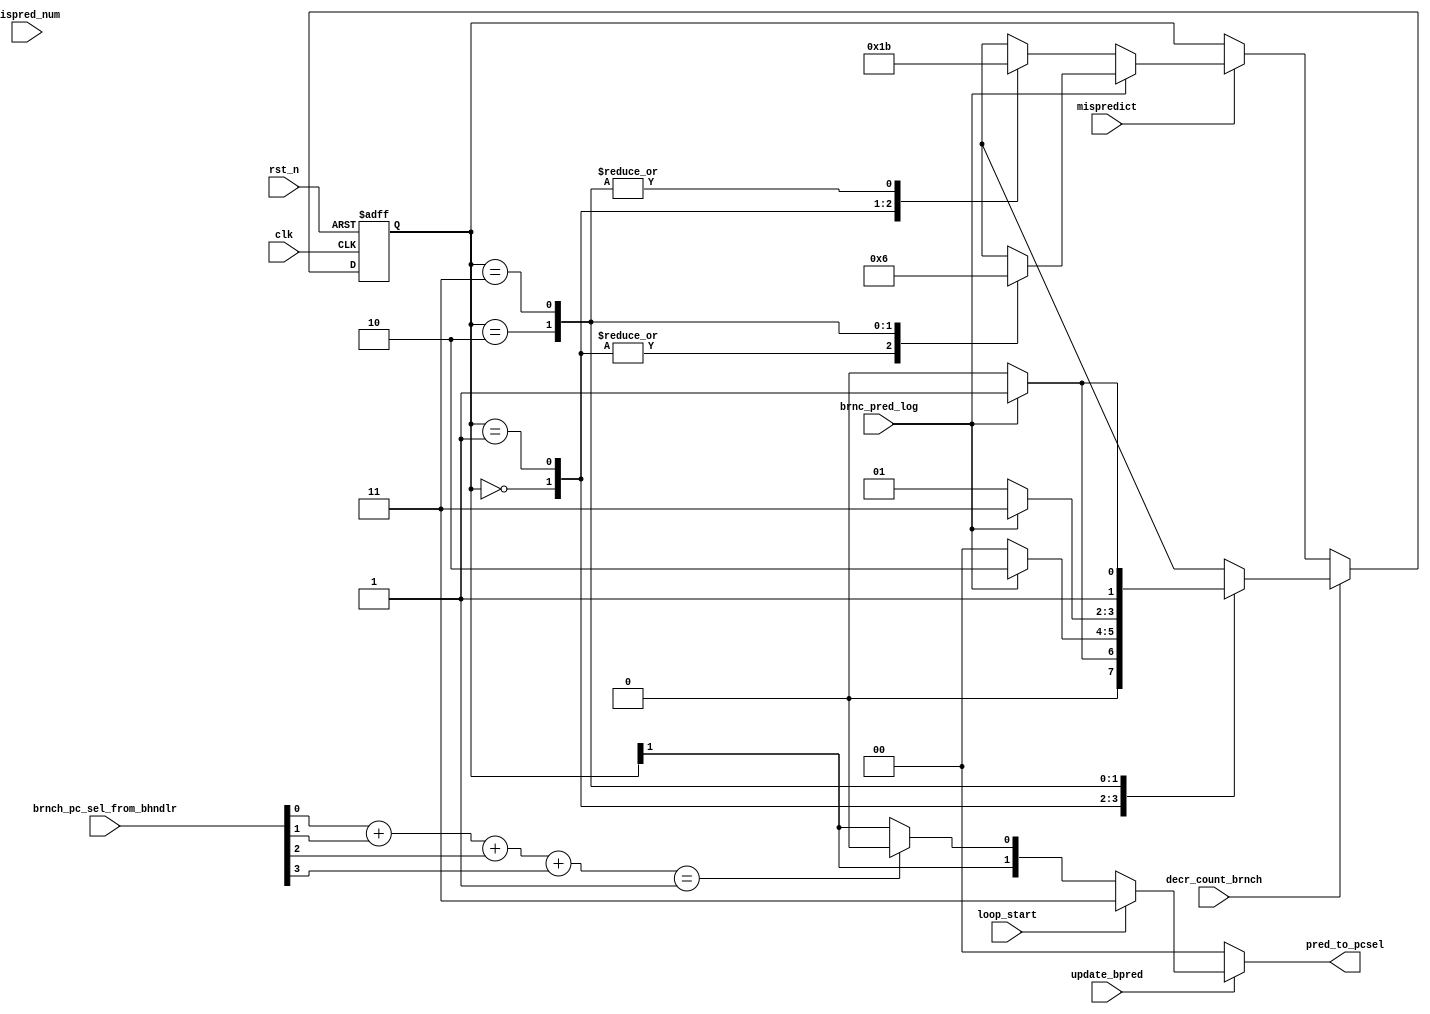
`timescale 1ns / 1ps
//////////////////////////////////////////////////////////////////////////////////
// Company: 
// Engineer: 
// 
// Design Name: 
// Module Name:    branchPredictor 
// Project Name: 
// Target Devices: 
// Tool versions: 
// Description: 
//
// Dependencies: 
//
// Revision: 
// Revision 0.01 - File Created
// Additional Comments: 
//
//////////////////////////////////////////////////////////////////////////////////
module dynBranchPredictor(
    clk,
    rst_n,
    decr_count_brnch,
    mispredict,
    mispred_num,
    brnc_pred_log,
    brnch_pc_sel_from_bhndlr,
    update_bpred,
    loop_start,
    pred_to_pcsel
);

input clk,rst_n,decr_count_brnch,mispredict,mispred_num,brnc_pred_log;
input [3:0]brnch_pc_sel_from_bhndlr;
input update_bpred,loop_start;
output [1:0] pred_to_pcsel;



localparam SN=2'b00;
localparam WN=2'b01;
localparam WT=2'b10;
localparam ST=2'b11;


///////////////////////////////////////
//======1level dynamic predictor=====//
///////////////////////////////////////
reg [1:0] predCounter;
reg [1:0] predCounter_next;

always@(posedge clk or negedge rst_n)begin
    if(!rst_n)
        predCounter<=WT;
	else
		predCounter<=predCounter_next;
end

always@(decr_count_brnch, predCounter, brnc_pred_log, mispredict)begin

	predCounter_next = predCounter;

    if(decr_count_brnch==1)//a branch is committed
    begin
        case(predCounter)
            SN:begin
            if(brnc_pred_log==1)
                predCounter_next = WN;
            else
                predCounter_next = SN;
            end
            WN:begin
                if(brnc_pred_log==1)
                predCounter_next = WT;
            else
                predCounter_next = SN;
            end
            WT:begin
                if(brnc_pred_log==1)
                predCounter_next = ST;
            else
                predCounter_next = WN;
            end
            ST:begin
                if(brnc_pred_log==1)
                predCounter_next = ST;
            else
                predCounter_next = WT;
            end
        endcase
    end
    else if(mispredict==1)//update predictor when misprediction takes place
		begin
		if(brnc_pred_log==1)//==1 indicates mistakenly predicted taken
               case(predCounter)
                   SN:predCounter_next = SN;
                   WN:predCounter_next = SN;
                   WT:predCounter_next = WN;
                   ST:predCounter_next = WT;
                endcase
           else
               case(predCounter)
                   SN:predCounter_next = WN;
                   WN:predCounter_next = WT;
                   WT:predCounter_next = ST;
                   ST:predCounter_next = ST;
                endcase
        end
end



wire [1:0] numbrnch;
assign numbrnch=brnch_pc_sel_from_bhndlr[0]+brnch_pc_sel_from_bhndlr[1]+brnch_pc_sel_from_bhndlr[2]+brnch_pc_sel_from_bhndlr[3];
assign pred_to_pcsel=(update_bpred)?((loop_start)?2'b11:((numbrnch==1)?{predCounter[1],1'b0}:{predCounter[1],predCounter[1]})):2'b00;




endmodule